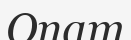
Опат